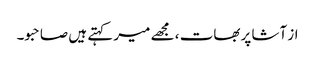
از آشا پربھات ، مجھے میر کہتے ہیں صاحبو۔